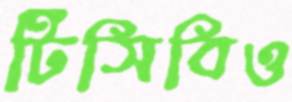
টিসিবিও